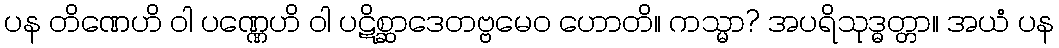
ပန တိဏေဟိ ဝါ ပဏ္ဏေဟိ ဝါ ပဋိစ္ဆာဒေတဗ္ဗမေဝ ဟောတိ။ ကသ္မာ? အပရိသုဒ္ဓတ္တာ။ အယံ ပန